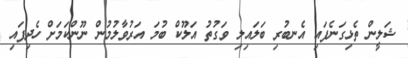
ޝަލީން ތެޅިގަނެފައި އެނބުރި ބަލައިލި ވަގުތު އަލޫކް ބުމަ އަރުވާލުމުން ނޫންކަމަށް ހެދިފައި